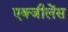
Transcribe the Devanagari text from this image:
एक्जीलेंस